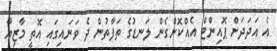
އެ އަދަދަށް ޕޮއިންޓް އެއްކޮށްގެން ލަނޑުގެ ތަފާތުން ދެ ވަނައިގައި އޮތީ މާޒިޔާ